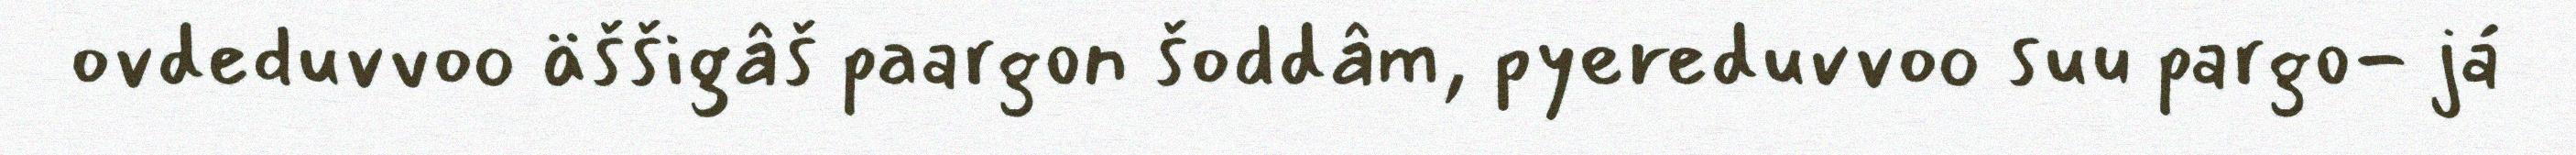
ovdeduvvoo äššigâš paargon šoddâm, pyereduvvoo suu pargo- já